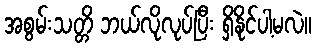
အစွမ်းသတ္တိ ဘယ်လိုလုပ်ပြီး ရှိနိုင်ပါ့မလဲ။